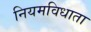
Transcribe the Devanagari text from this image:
नियमविधाता